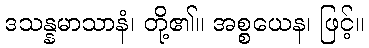
ဒသန္နမာသာနံ၊ တို့၏။ အစ္စယေန၊ ဖြင့်။